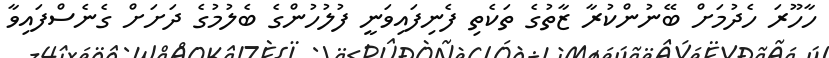
ހާހޫރަ ހެދުމަށް ބޭނުންކުރާ ޒާތުގެ ތަކެތި ފެނިފައިވަނީ ފުލުހުންގެ ބެލުމުގެ ދަށަށް ގެނެސްފައިވާ